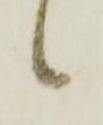
候